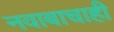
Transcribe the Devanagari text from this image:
नवाबाचाही